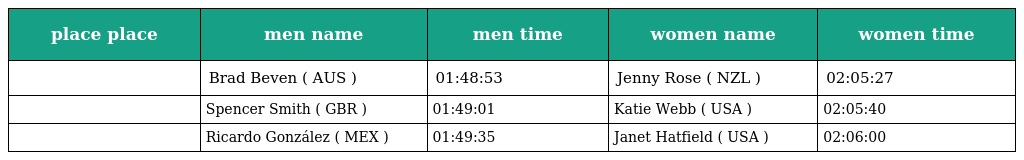
| place place | men name | men time | women name | women time |
 | --- | --- | --- | --- | --- |
 |  | Brad Beven ( AUS ) | 01:48:53 | Jenny Rose ( NZL ) | 02:05:27 |
 |  | Spencer Smith ( GBR ) | 01:49:01 | Katie Webb ( USA ) | 02:05:40 |
 |  | Ricardo González ( MEX ) | 01:49:35 | Janet Hatfield ( USA ) | 02:06:00 |